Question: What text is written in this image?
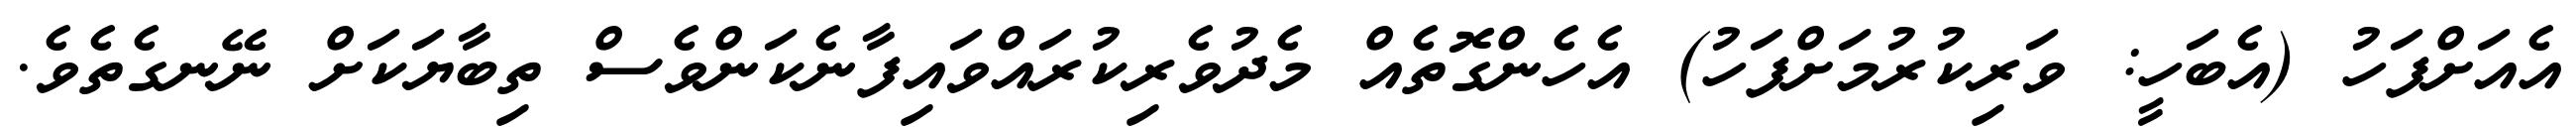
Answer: އެއަށްފަހު (އެބަހީ: ވަރިކުރުމަށްފަހު) އެހެންގޮތެއް މެދުވެރިކުރައްވައިފާނެކަންވެސް ތިބާޔަކަށް ނޭނގެތެވެ.